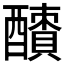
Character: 𨣜